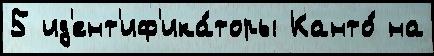
5 ид'ент'иф'ика́торы Канто́ на